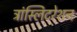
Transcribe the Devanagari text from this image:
ट्रांस्लिटरेशन